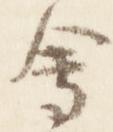
会